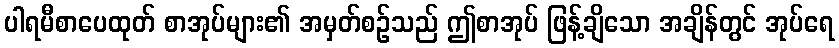
ပါရမီစာပေထုတ် စာအုပ်များ၏ အမှတ်စဉ်သည် ဤစာအုပ် ဖြန့်ချိသော အချိန်တွင် အုပ်ရေ